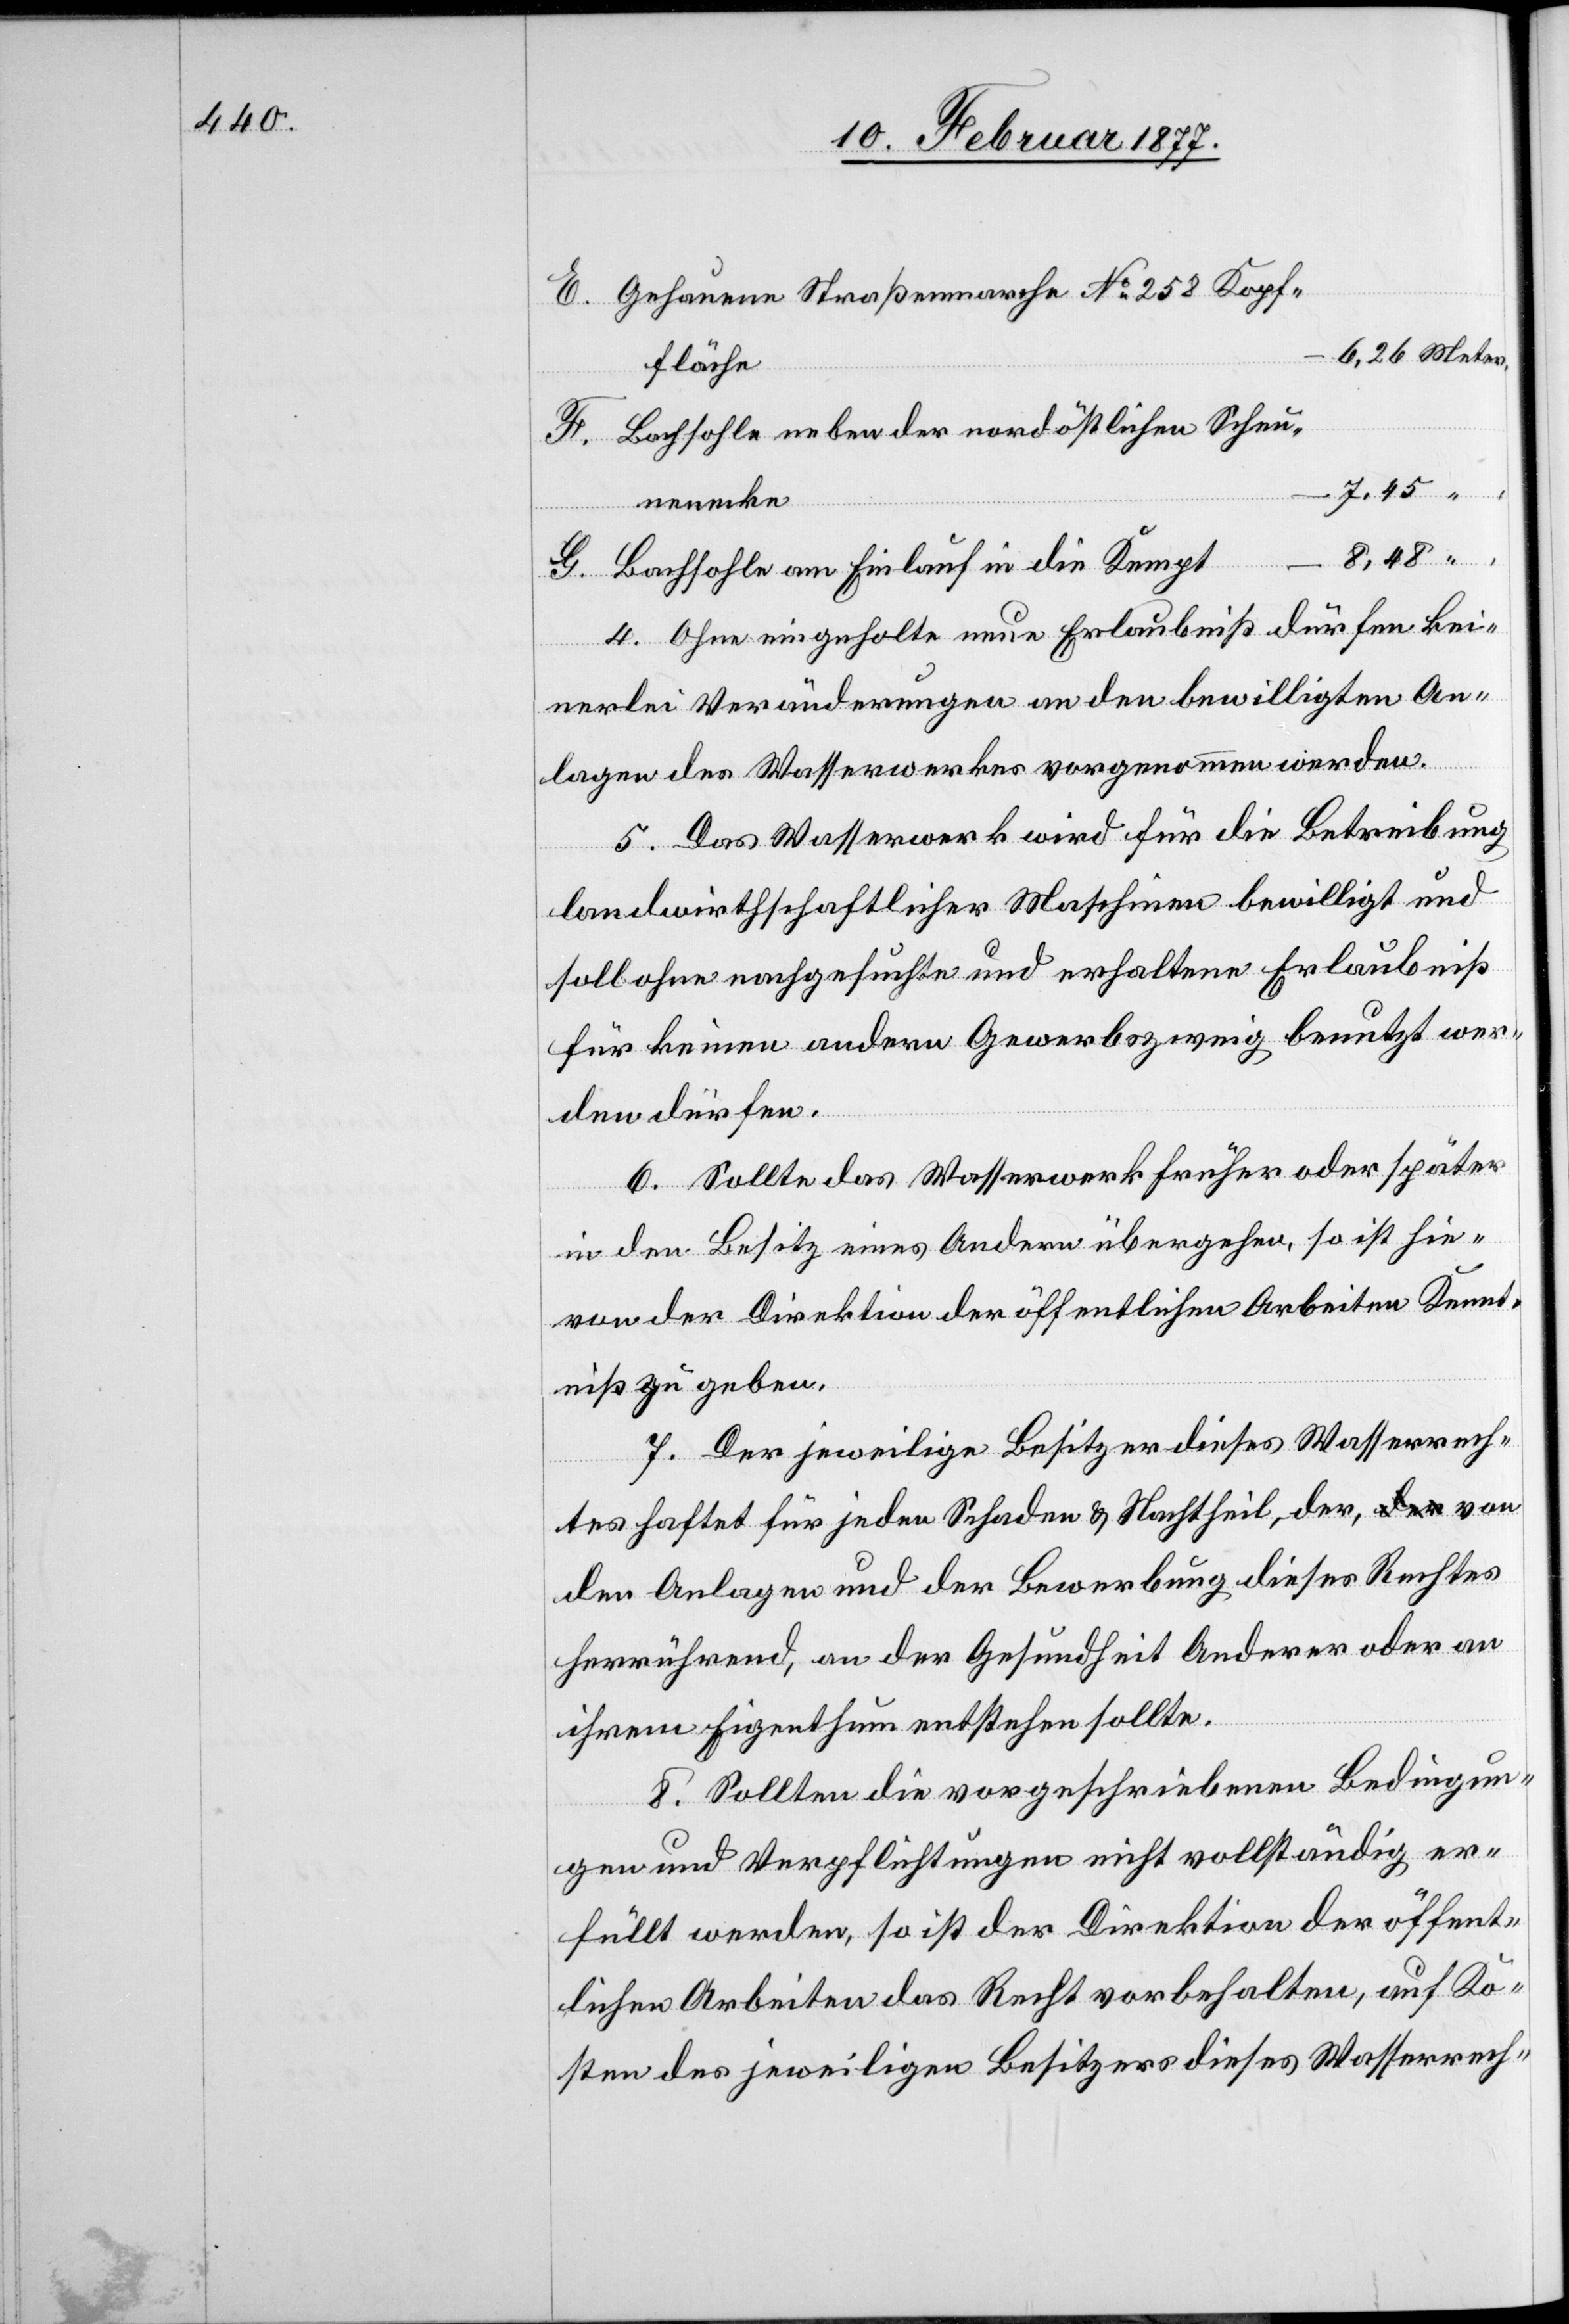
Gehauene Straßenmarche No 258 Kopf¬
fläche
Bachsohle neben der nordöstlichen Scheu¬
nenecke
8,48
Bachsohle am Einlauf in die Kempt
4. Ohne eingeholte neue Erlaubniß dürfen kei¬
nerlei Veränderungen an den bewilligten An¬
lagen des Wasserwerkes vorgenommen werden.
5. Das Wasserwerk wird für die Betreibung
landwirthschaftlicher Maschinen bewilligt und
soll ohne nachgesuchte und erhaltene Erlaubniß
für keinen andern Gewerbszweig benutzt wer¬
den dürfen.
6. Sollte das Wasserwerk früher oder später
in den Besitz eines Andern übergehen, so ist hie¬
von der Direktion der öffentlichen Arbeiten Kennt¬
niß zu geben.
7. Der jeweilige Besitzer dieses Wasserrech¬
tes haftet für jeden Schaden & Nachtheil, der, von
den Anlagen und der Bewerbung dieses Rechtes
herrührend, an der Gesundheit Anderer oder an
ihrem Eigenthum entstehen sollte.
8. Sollten die vorgeschriebenen Bedingun¬
gen und Verpflichtungen nicht vollständig er¬
füllt werden, so ist der Direktion der öffent¬
lichen Arbeiten das Recht vorbehalten, auf Ko¬
sten des jeweiligen Besitzers dieses Wasserrech-